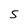
Character: S